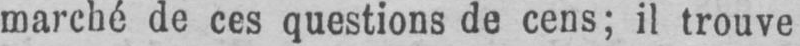
marché de ces questions de cens; il trouve